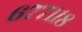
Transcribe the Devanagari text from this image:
६७७११८